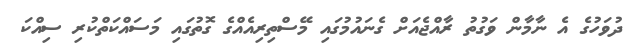
ދުވަހުގެ އެ ނާމާން ވަގުތު ރާއްޖެއަށް ގެނައުމުގައި މޭސްތިރިއެއްގެ ގޮތުގައި މަސައްކަތްކުރި ސިއްކަ